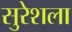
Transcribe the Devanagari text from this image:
सुरेशला